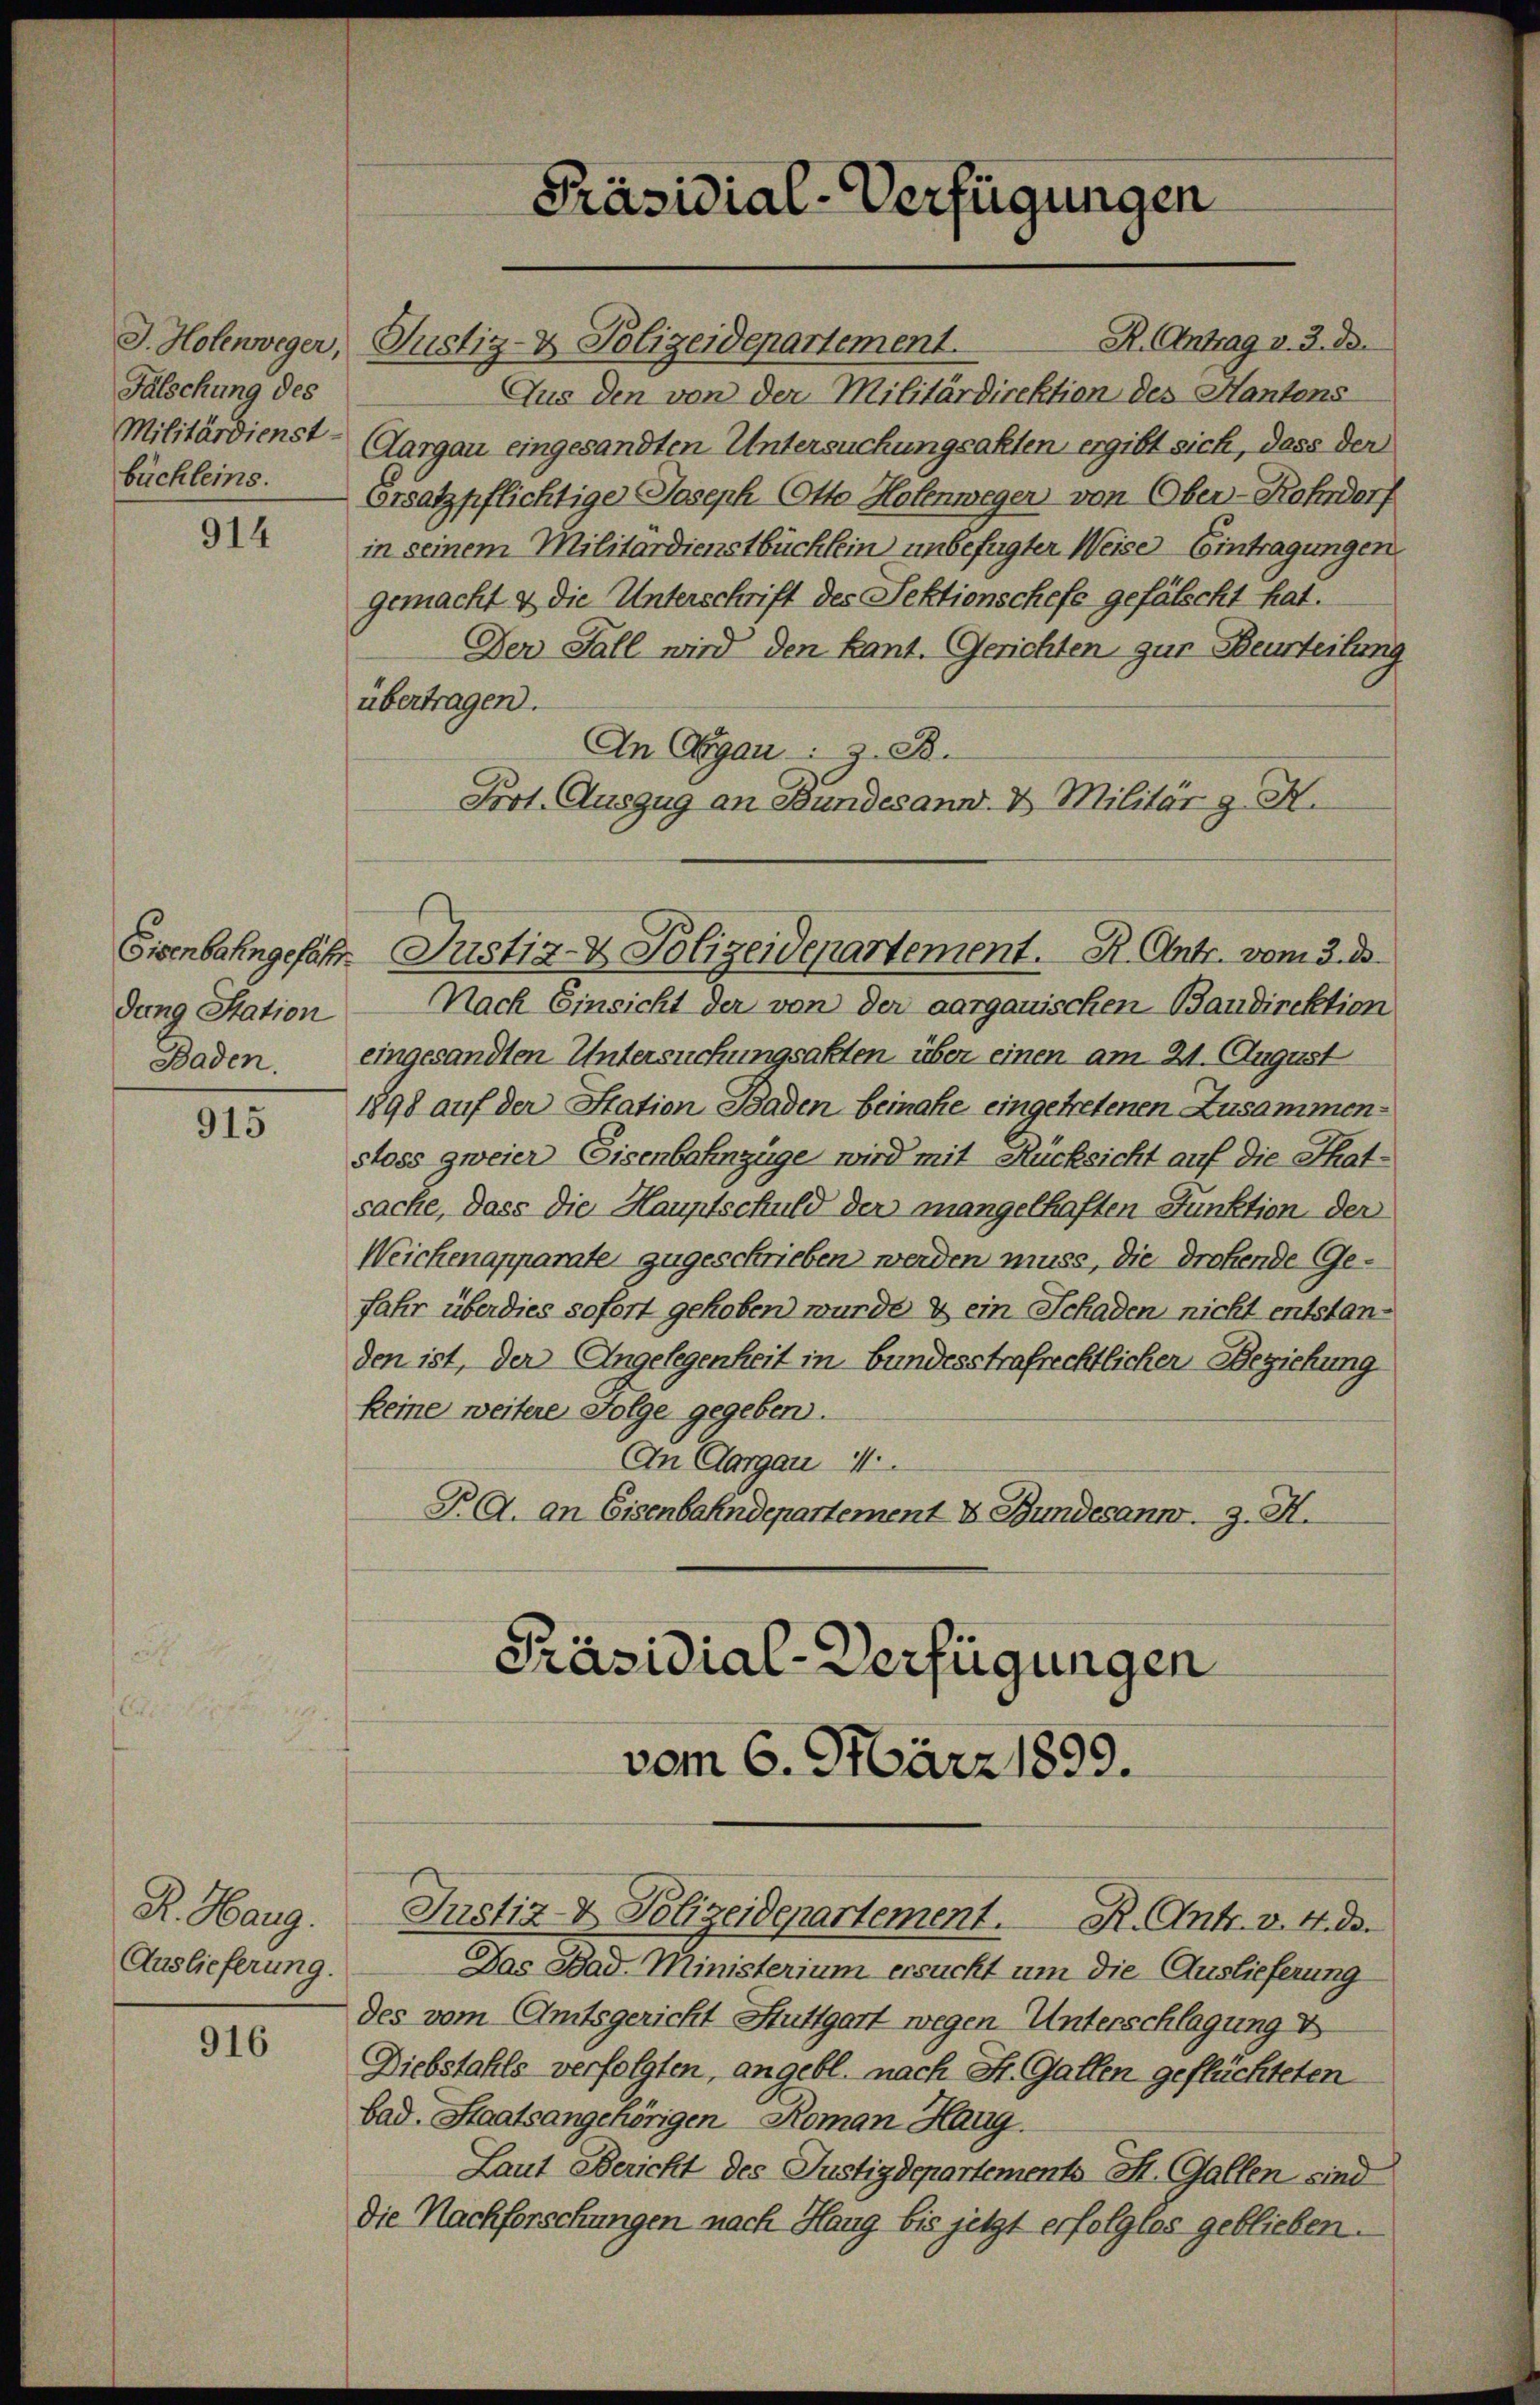
Fälschung des

914

dung Station

915

G. Sarg.
Auslieferung.

916

R. Antrag v. 3. de
J. Holenweger, Justiz- & Polizeidepartement.
Aus den von der Militärdirektion des Kantons
Militärdienst- Aargau eingesandten Untersuchungsakten ergibt sich, dass der
büchleins. Ersatzpflichtige Joseph (Otto Hohenweger von Ober-Rohdorf
in seinem Militärdienstbüchlein unbefugter Weise Eintragungen
gemacht & die Unterschrift des Sektionschefs gefälscht hat.
Der Fall wird den kant. Gerichten zur Beurteilung
übertragen.
An Agau: z. B.
Prot. Auszug an Bundesann & Militär z H.
Nach Einsicht der von der aargauischen Bandirektion
Baden. eingesandten Untersuchungsakten über einen am 21. August
1898 auf der Station Baden beinahe eingetretenen Zusammenstoss zweier Eisenbahnzüge wird mit Rücksicht auf die Thatsache, dass die Hauptschuld der mangelhaften Funktion der
Weichenapparate zugeschrieben werden muss, die drohende Gefahr überdies sofort gehoben wurde & ein Schaden nicht entstanden ist, der Angelegenheit in bundesstrafrechtlicher Beziehung
keine weitere Folge gegeben.
An Aargau 1
P A. an Eisenbahndepartement & Bundesann. J. H.

Präsidial-Verfügungen

vom 6. März 1899.

Eisenbahngefähr Justiz- & Polizeidepartement. R. Antr. vom 3. ds.

Präsidial-Verfügungen
Justiz- & Polizeidepartement. R. Antr. v. 4. ds.

Das Bad Ministerium ersucht um die Auslieferung
des vom Amtsgericht Stuttgart wegen Unterschlagung v
Diebstahls verfolgten, angebl. nach St. Gallen geflüchteten
bad. Staatsangehörigen Roman Haug.
Laut Bericht des Justizdepartements M. Gallen sind
Die Nachforschungen nach Haug bis jetzt erfolglos geblieben.